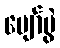
ပျော်ပွဲ